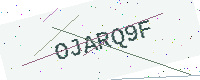
Text: OJARQ9F